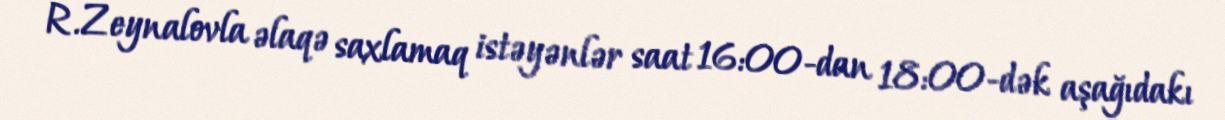
R.Zeynalovla əlaqə saxlamaq istəyənlər saat 16:00-dan 18:00-dək aşağıdakı